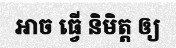
ឤច ធ្វើ និមិត្ត ឲ្យ